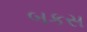
બકસ